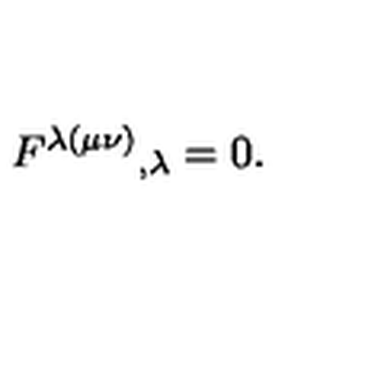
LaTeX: F ^ { \lambda ( \mu \nu ) } { } _ { , \lambda } = 0 .